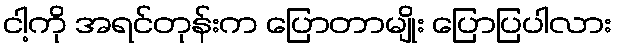
ငါ့ကို အရင်တုန်းက ပြောတာမျိုး ပြောပြပါလား